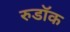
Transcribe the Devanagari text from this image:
रुडॉक